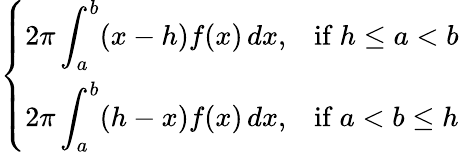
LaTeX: \left\{ \begin{array}{ll}{\displaystyle 2\pi\int_{a}^{b}(x-h)f(x)\, dx,}&{{\mathrm{if}}\ h\leq a<b}\\ {\displaystyle 2\pi\int_{a}^{b}(h-x)f(x)\, dx,}&{{\mathrm{if}}\ a<b\leq h}\end{array}\right.